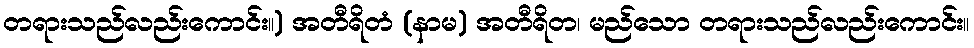
တရားသည်လည်းကောင်း။) အတီရိတံ (နာမ) အတီရိတ၊ မည်သော တရားသည်လည်းကောင်း။